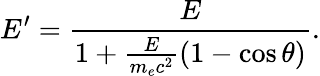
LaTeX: E^{\prime}=\frac{E}{1+\frac{E}{m_{e}c^{2}}(1-\cos\theta)}.